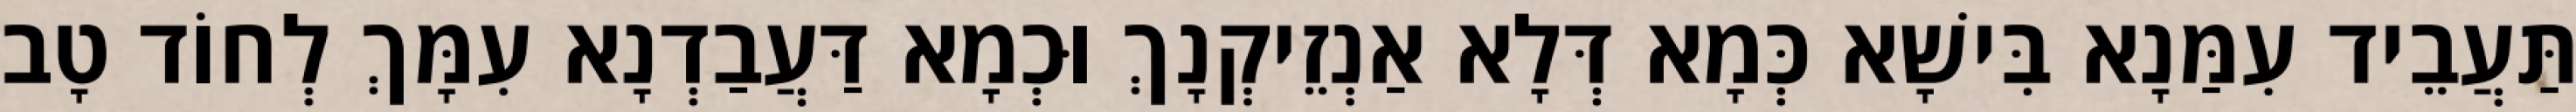
תַּעֲבֵיד עִמַּנָא בִּישָׁא כְּמָא דְּלָא אַנְזֵיקְנָךְ וּכְמָא דַּעֲבַדְנָא עִמָּךְ לְחוֹד טָב